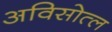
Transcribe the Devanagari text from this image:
अविसोत्ल